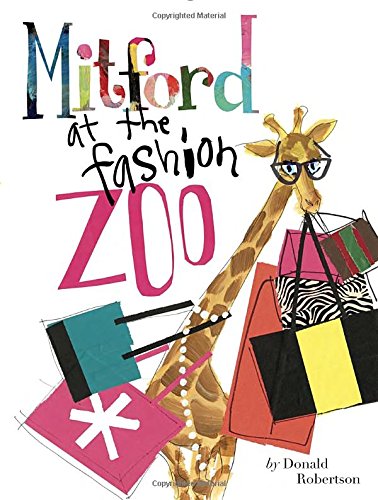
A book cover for Mitford at the Fashion Zoo; Donald Robertson; Children's Books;